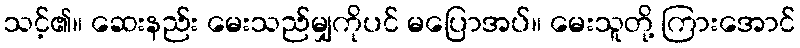
သင့်၏။ ဆေးနည်း မေးသည်မျှကိုပင် မပြောအပ်။ မေးသူတို့ ကြားအောင်